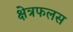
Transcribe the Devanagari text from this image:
क्षेत्रफलस